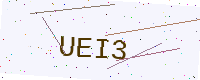
Text: UEI3